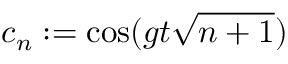
c _ { n } : = \cos ( g t \sqrt { n + 1 } )